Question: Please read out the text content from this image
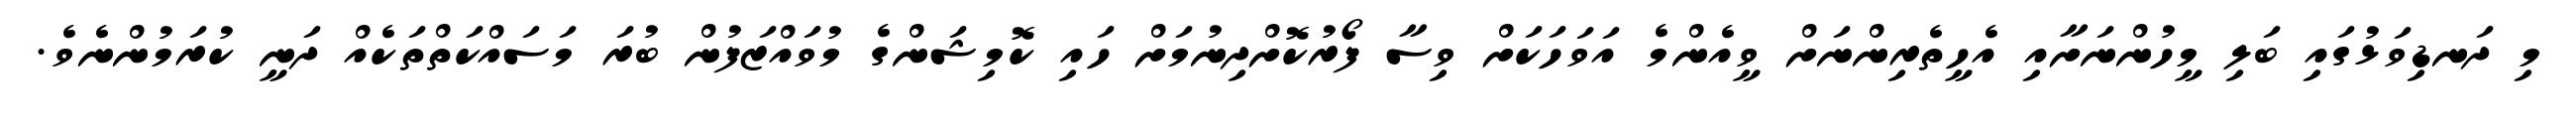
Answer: މި ދަނޑިވަޅުގައި ބަލި މީހުންނަށާއި އެހީތެރިންނަށް ވީއެންމެ އަވަހަކަށް ވިސާ ފޯރުކޮށްދިނުމަށް ހައި ކޮމިޝަންގެ މުވައްޒަފުން ބުރަ މަސައްކަތްތަކެއް ދަނީ ކުރަމުންނެވެ.